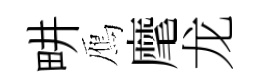
畊鴈麾龙